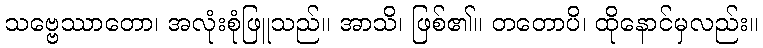
သဗ္ဗေဿာတော၊ အလုံးစုံဖြူသည်။ အာသိ၊ ဖြစ်၏။ တတောပိ၊ ထိုနောင်မှလည်း။